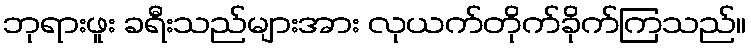
ဘုရားဖူး ခရီးသည်များအား လုယက်တိုက်ခိုက်ကြသည်။